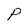
Character: P